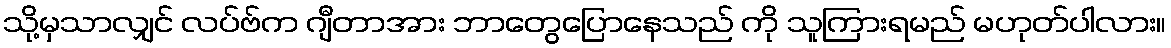
သို့မှသာလျှင် လပ်ဗ်က ဂျီတာအား ဘာတွေပြောနေသည် ကို သူကြားရမည် မဟုတ်ပါလား။